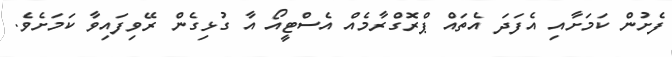
ފެށުން ކަމަށާއި އެފަދަ އެތައް ޕްރޮގްރާމެއް އެސްޓީއޯ އާ ގުޅިގެން ރޭވިފައިވާ ކަމަށެވެ.